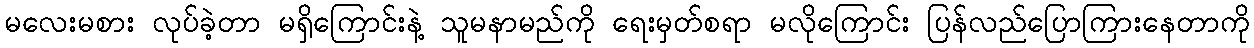
မလေးမစား လုပ်ခဲ့တာ မရှိကြောင်းနဲ့ သူမနာမည်ကို ရေးမှတ်စရာ မလိုကြောင်း ပြန်လည်ပြောကြားနေတာကို